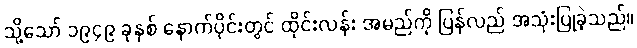
သို့သော် ၁၉၄၉ ခုနှစ် နောက်ပိုင်းတွင် ထိုင်းလန်း အမည်ကို ပြန်လည် အသုံးပြုခဲ့သည်။